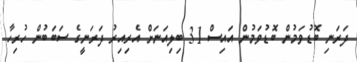
ދަރަނި ބޮޑުވަމުން ބޮޑުވަމުން އައިސް 31 ބިލިއަނަށް އެރިއިރު ދަރަނީގެ ސަބަބުން ހުރިހާ